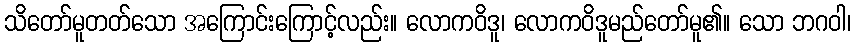
သိတော်မူတတ်သော အကြောင်းကြောင့်လည်း။ လောကဝိဒူ၊ လောကဝိဒူမည်တော်မူ၏။ သော ဘဂဝါ၊